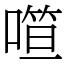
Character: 𰈢